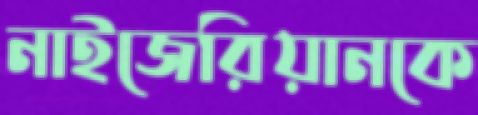
নাইজেরিয়ানকে